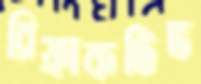
রিফ্রাকটিভ